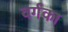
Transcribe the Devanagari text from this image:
वर्गका